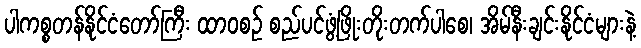
ပါကစ္စတန်နိုင်ငံတော်ကြီး ထာဝစဉ် စည်ပင်ဖွံ့ဖြိုးတိုးတက်ပါစေ၊ အိမ်နီးချင်းနိုင်ငံများနဲ့